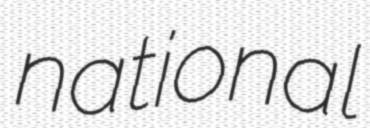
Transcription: national